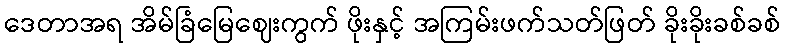
ဒေတာအရ အိမ်ခြံမြေဈေးကွက် ဖိုးနှင့် အကြမ်းဖက်သတ်ဖြတ် ခိုးခိုးခစ်ခစ်